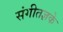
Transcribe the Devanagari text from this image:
संगीतज्ञके